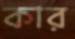
কার